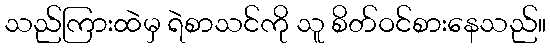
သည်ကြားထဲမှ ရဲစာသင်ကို သူ စိတ်ဝင်စားနေသည်။